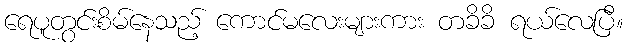
ရေပူတွင်းစိမ်နေသည့် ကောင်မလေးများကား တခိခိ ရယ်လေပြီ။